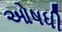
ઓષધી